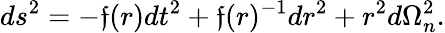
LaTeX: ds^{2}=-\mathfrak{f}(r)dt^{2}+\mathfrak{f}(r)^{-1}dr^{2}+r^{2}d\Omega_{n}^{2}.